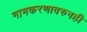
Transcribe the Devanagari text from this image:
नामकरणावरुनही